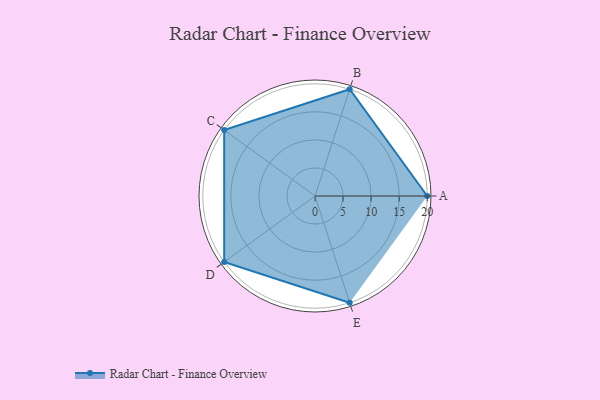
{"axis": {"x": "Skill", "y": "Score"}, "legend": ["Profile"], "data": [{"x": "A", "y": 20, "type": "Profile"}, {"x": "B", "y": 20, "type": "Profile"}, {"x": "C", "y": 20, "type": "Profile"}, {"x": "D", "y": 20, "type": "Profile"}, {"x": "E", "y": 20, "type": "Profile"}]}